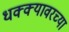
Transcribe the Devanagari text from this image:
धक्क्यावरच्या